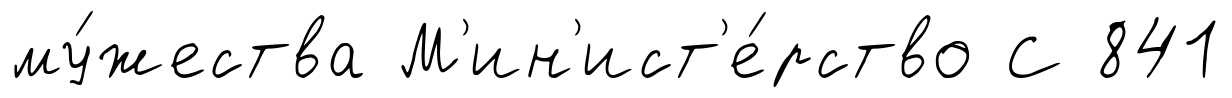
му́жества М'ин'ист'е́рство С 841